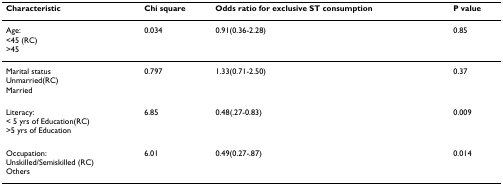
<table><thead><tr><td><b>Characteristic</b></td><td><b>Chi square</b></td><td><b>Odds ratio for exclusive ST consumption</b></td><td><b>P value</b></td></tr></thead><tbody><tr><td>Age:&lt;45 (RC)&gt;45</td><td>0.034</td><td>0.91(0.36-2.28)</td><td>0.85</td></tr><tr><td>Marital statusUnmarried(RC)Married</td><td>0.797</td><td>1.33(0.71-2.50)</td><td>0.37</td></tr><tr><td>Literacy:&lt; 5 yrs of Education(RC)&gt;5 yrs of Education</td><td>6.85</td><td>0.48(.27-0.83)</td><td>0.009</td></tr><tr><td>Occupation:Unskilled/Semiskilled (RC)Others</td><td>6.01</td><td>0.49(0.27-.87)</td><td>0.014</td></tr></tbody></table>